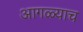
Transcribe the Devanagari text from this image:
आगळ्याच